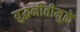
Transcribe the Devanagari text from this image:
युद्धनीतीमुळे